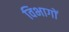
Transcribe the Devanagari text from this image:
विभागों